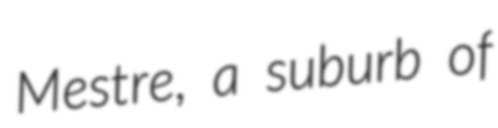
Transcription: Mestre, a suburb of